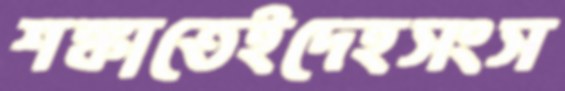
শঙ্কাতেইদেহসংস